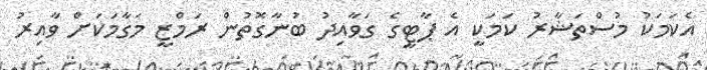
އެކަމަކު މުސްތަޝާރު ކަމަކީ އެ ޕާޓީގެ ގަވާއިދު ބުނާގޮތުން ރަމްޒީ މަގާމަކަށް ވާއިރު